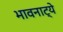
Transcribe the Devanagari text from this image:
भावनाट्ये